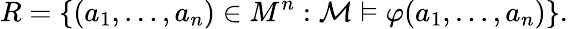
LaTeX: R=\{ (a_{1},\ldots,a_{n})\in M^{n}:{\mathcal{M}}\vDash\varphi(a_{1},\ldots,a_{n})\} .